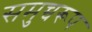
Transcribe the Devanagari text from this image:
समुच्चरूप